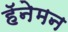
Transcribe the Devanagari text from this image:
हॅनेमन